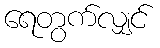
ရေတွက်လျှင်